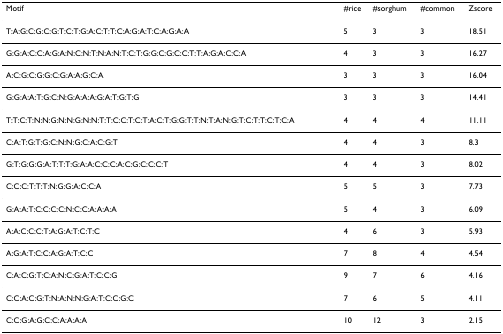
<table><thead><tr><td><b>Motif</b></td><td><b>#rice</b></td><td><b>#sorghum</b></td><td><b>#common</b></td><td><b>Zscore</b></td></tr></thead><tbody><tr><td>T:A:G:C:G:C:G:T:C:T:G:A:C:T:T:C:A:G:A:T:C:A:G:A:A</td><td>5</td><td>3</td><td>3</td><td>18.51</td></tr><tr><td>G:G:A:C:C:A:G:A:N:C:N:T:N:A:N:T:C:T:G:G:C:G:C:C:T:T:A:G:A:C:C:A</td><td>4</td><td>3</td><td>3</td><td>16.27</td></tr><tr><td>A:C:G:C:G:G:C:G:A:A:G:C:A</td><td>3</td><td>3</td><td>3</td><td>16.04</td></tr><tr><td>G:G:A:A:T:G:C:N:G:A:A:A:G:A:T:G:T:G</td><td>3</td><td>3</td><td>3</td><td>14.41</td></tr><tr><td>T:T:C:T:N:N:G:N:N:G:N:N:T:T:C:C:T:C:T:A:C:T:G:G:T:T:N:T:A:N:G:T:C:T:T:C:T:C:A</td><td>4</td><td>4</td><td>4</td><td>11.11</td></tr><tr><td>C:A:T:G:T:G:C:N:N:G:C:A:C:G:T</td><td>4</td><td>4</td><td>3</td><td>8.3</td></tr><tr><td>G:T:G:G:G:A:T:T:T:G:A:A:C:C:C:A:C:G:C:C:C:T</td><td>4</td><td>4</td><td>3</td><td>8.02</td></tr><tr><td>C:C:C:T:T:T:N:G:G:A:C:C:A</td><td>5</td><td>5</td><td>3</td><td>7.73</td></tr><tr><td>G:A:A:T:C:C:C:C:N:C:C:A:A:A:A</td><td>5</td><td>4</td><td>3</td><td>6.09</td></tr><tr><td>A:A:C:C:C:T:A:G:A:T:C:T:C</td><td>4</td><td>6</td><td>3</td><td>5.93</td></tr><tr><td>A:G:A:T:C:C:A:G:A:T:C:C</td><td>7</td><td>8</td><td>4</td><td>4.54</td></tr><tr><td>C:A:C:G:T:C:A:N:C:G:A:T:C:C:G</td><td>9</td><td>7</td><td>6</td><td>4.16</td></tr><tr><td>C:C:A:C:G:T:N:A:N:N:G:A:T:C:C:G:C</td><td>7</td><td>6</td><td>5</td><td>4.11</td></tr><tr><td>C:C:G:A:G:C:C:A:A:A:A</td><td>10</td><td>12</td><td>3</td><td>2.15</td></tr></tbody></table>